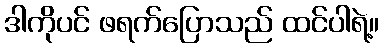
ဒါကိုပင် ဖရက်ပြောသည် ထင်ပါရဲ့။